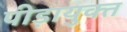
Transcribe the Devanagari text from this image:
पीड़ायुक्‍त